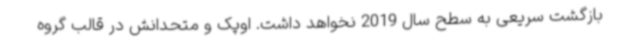
بازگشت سریعی به سطح سال 2019 نخواهد داشت. اوپک و متحدانش در قالب گروه